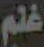
غنم